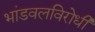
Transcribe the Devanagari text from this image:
भांडवलविरोधी